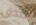
صدق